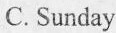
C.Sunday